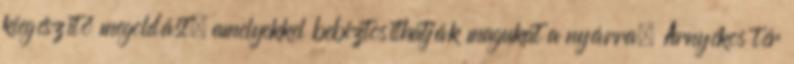
kiegészítő megoldást, amelyekkel bebiztosíthatják magukat a nyárra. Árnyékos tér